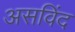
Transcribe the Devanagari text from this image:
असविंद